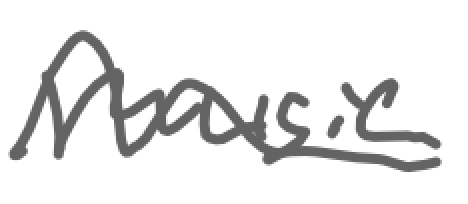
Text: music
Cross-out: wave
Writing tool: digital_gray